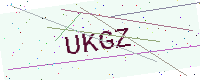
Text: UKGZ